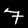
Digit: 7